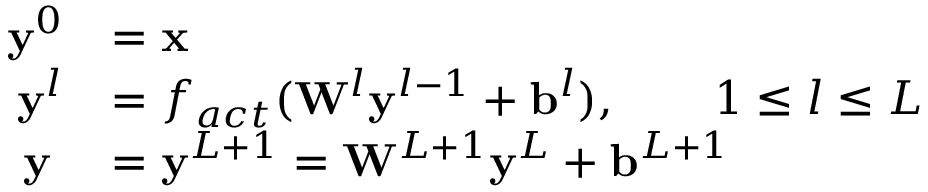
\begin{array} { r l } { \mathbf { y } ^ { 0 } } & { = \mathbf { x } } \\ { \mathbf { y } ^ { l } } & { = f _ { a c t } ( \mathbf { W } ^ { l } \mathbf { y } ^ { l - 1 } + \mathbf { b } ^ { l } ) , \qquad 1 \le l \le L } \\ { \mathbf { y } \; } & { = \mathbf { y } ^ { L + 1 } = \mathbf { W } ^ { L + 1 } \mathbf { y } ^ { L } + \mathbf { b } ^ { L + 1 } } \end{array}